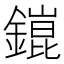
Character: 𨬌